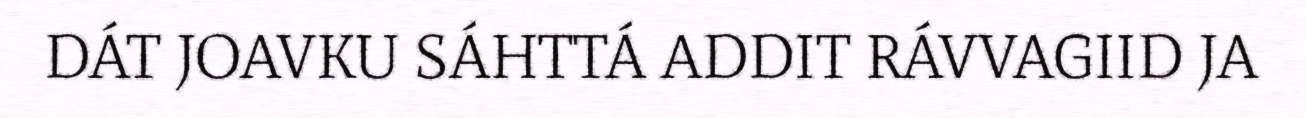
DÁT JOAVKU SÁHTTÁ ADDIT RÁVVAGIID JA